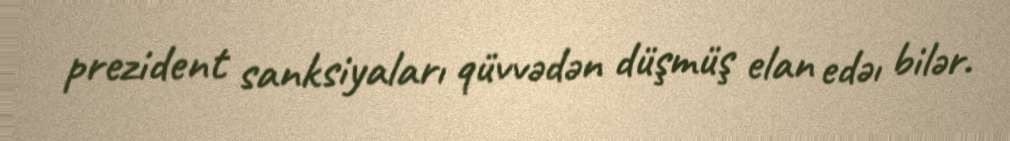
prezident sanksiyaları qüvvədən düşmüş elan edəı bilər.